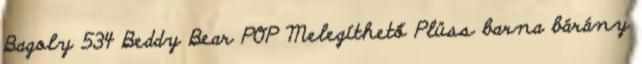
Bagoly 534 Beddy Bear POP Melegíthető Plüss barna bárány